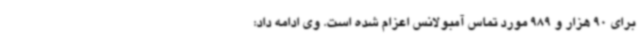
برای 90 هزار و 989 مورد تماس آمبولانس اعزام شده است. وی ادامه داد: